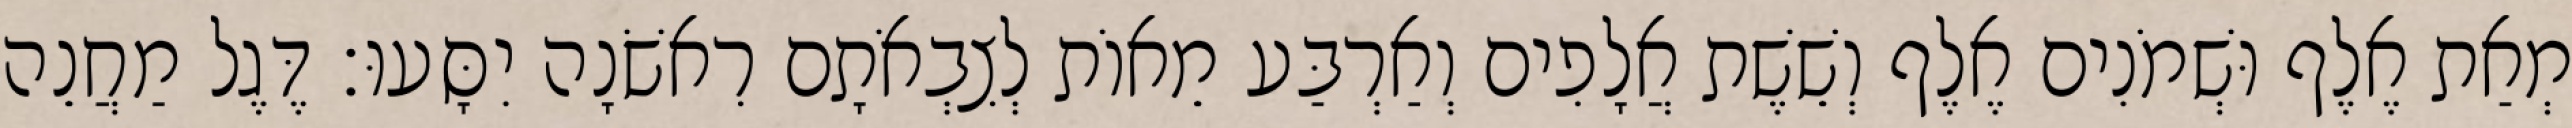
מְאַת אֶלֶף וּשְׁמֹנִים אֶלֶף וְשֵׁשֶׁת אֲלָפִים וְאַרְבַּע מֵאוֹת לְצִבְאֹתָם רִאשֹׁנָה יִסָּעוּ׃ דֶּגֶל מַחֲנֵה